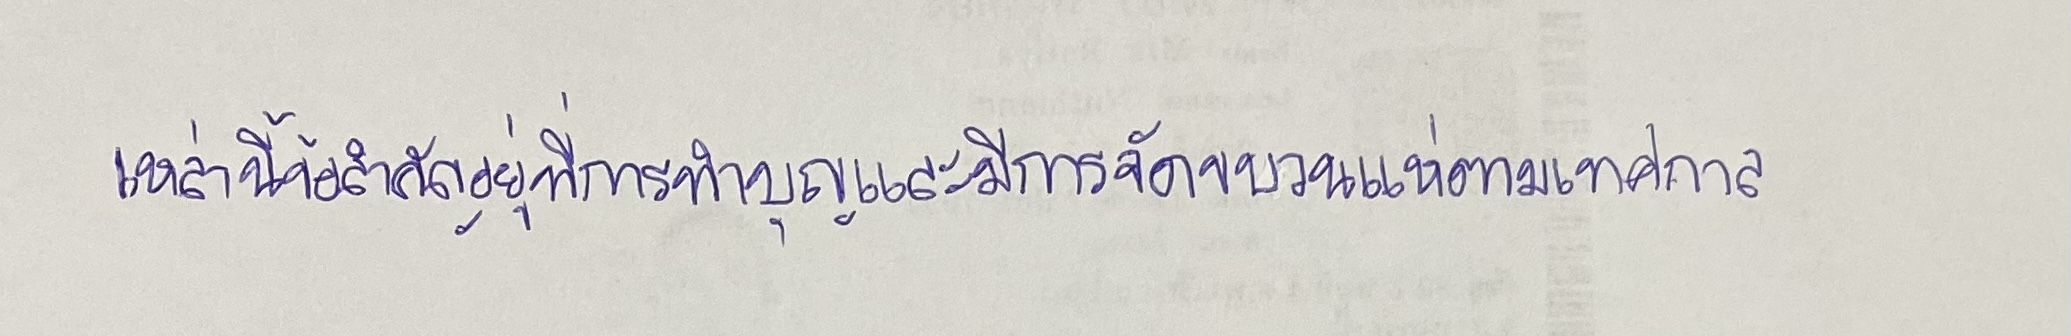
เหล่านี้ข้อสำคัญอยู่ที่การทำบุญและมีการจัดขบวนแห่ตามเทศกาล